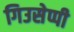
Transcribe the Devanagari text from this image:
गिउसेप्पी